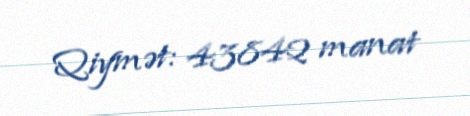
Qiymət: 43842 manat